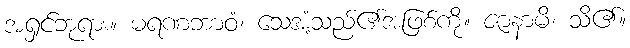
အရှင်ဘုရား။ မရဏဘာဝံ၊ သေအံ့သည်၏အဖြစ်ကို။ ဇာနာမိ၊ သိ၏။